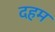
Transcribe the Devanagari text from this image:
दहम